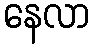
နေလာ